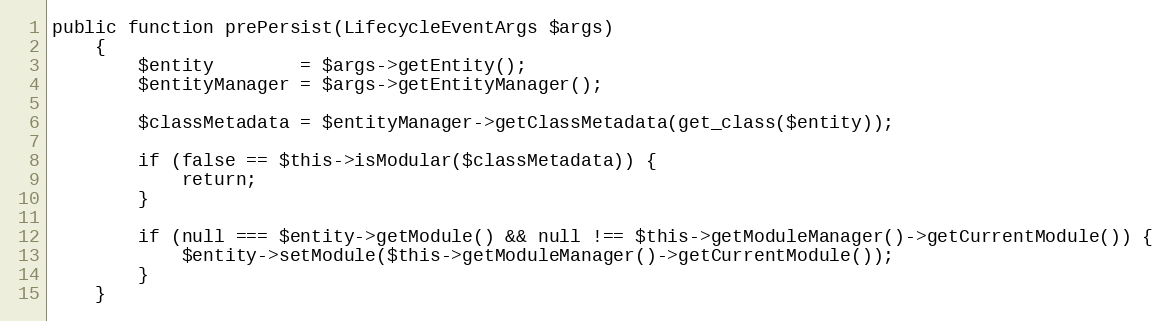
Language: PHP
public function prePersist(LifecycleEventArgs $args)
    {
        $entity        = $args->getEntity();
        $entityManager = $args->getEntityManager();

        $classMetadata = $entityManager->getClassMetadata(get_class($entity));

        if (false == $this->isModular($classMetadata)) {
            return;
        }

        if (null === $entity->getModule() && null !== $this->getModuleManager()->getCurrentModule()) {
            $entity->setModule($this->getModuleManager()->getCurrentModule());
        }
    }